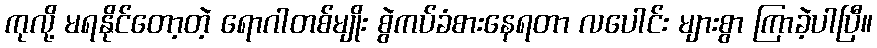
ကုလို့ မရနိုင်တော့တဲ့ ရောဂါတစ်မျိုး စွဲကပ်ခံစားနေရတာ လပေါင်း များစွာ ကြာခဲ့ပါပြီ။